Lunatic asylums Punjab 1881-1894 - 1881-1894
Year: 1881
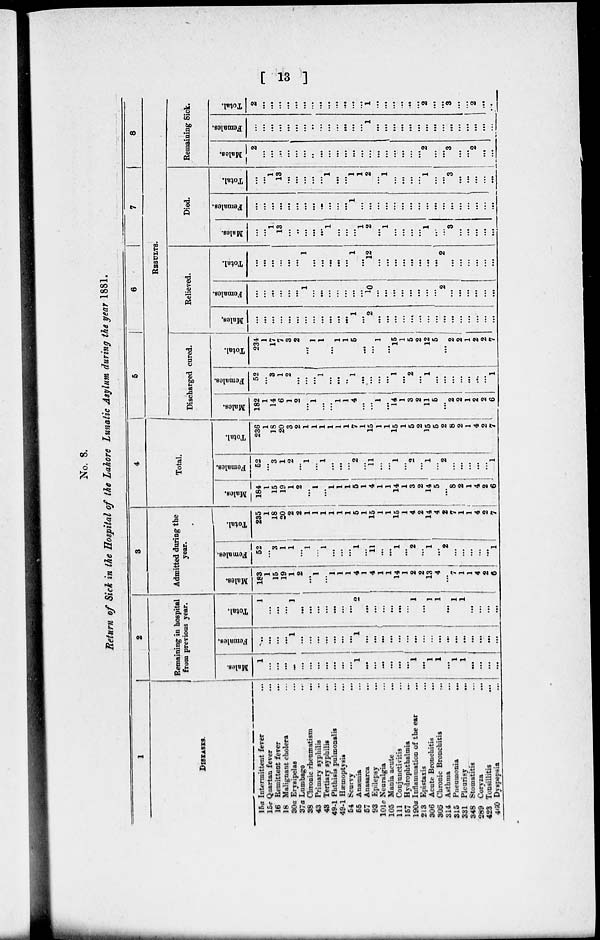
[ 13 ]
No. 8.
Return of Sick in the Hospital of the Lahore Lunatic Asylum during the year 1881.
1
DISEASES.
15a Intermittent fever ...
15c Quartan fever...
16 Remittent fever...
18 Malignant cholera...
30a Erysipelas...
37a Lumbago...
38 Chronic rheumatism...
43 Primary syphilis...
43 Tertiary syphilis ...
49-1 Phthisis pulmonalis ...
49-1 Haemoptysis...
54 Scurvy...
65 Anaemia...
57 Anasarca...
93 Epilepsy...
101c Neuralgia ...
105 Mania acute...
111 Conjunctivitis ...
157 Hydrophthalmia ...
190a Inflammation of the ear ...
213 Epistaxis ...
306 Acute Bronchitis...
306 Chronic Bronchitis...
314 Asthma...
315 Pneumonia...
331 Pleurisy...
348 Stomatitis...
289 Coryza ...
423 Tonsillitis...
460 Dyspepsia...
2
Remaining in hospital
from previous year.
Males.
1
...
...
...
...
...
...
...
...
...
...
...
1
...
...
...
...
...
...
1
...
1
1
...
1
1
...
...
...
...
Females,
..
...
...
...
1
...
...
...
...
...
...
...
1
...
1 ...
...
...
...
...
...
...
...
...
...
...
...
...
...
...
...
Total.
1
...
...
...
1
...
...
...
...
...
...
...
2
...
...
...
...
...
...
1
...
1
1
...
1
1
...
...
...
...
3
Admitted during the
year.
Males.
183
1
15
19
1
2
...
1
...
1
1
1
4
1
4
1
1
14
1
2
2
13
4
...
7
1
1
4
2
6
Females..
52
...
3
1
1
...
1
...
1
...
...
...
1
...
11
...
...
1
...
2
...
1
...
2
...
...
...
...
...
1
Total.
235
1
18
20
2
2
1
1
1
1
1
1
5
1
15
1
1
15
1
4
2
14
4
2
7
1
1
4
2
7
4
Total.
Males.
184
1
15
19
1
2
...
1
...
1
1
1
5
1
4
1
1
14
1
3
2
14
5
...
8
2
1
4
2
6
Females.
52
...
3
1
2
...
1
...
1
...
...
...
2
...
11
...
...
1
...
2
...
1
...
2
...
...
...
...
...
1
Total.
236
1
18
20
3
2
15
15
1
5
2
15
5
2
8
2
1
4
2
7
5
6
7
8
RESULTS.
Discharged cured.
Males.
182
1
14
6
1
2
...
1
...
...
1
1
4
...
...
1
...
14
1
3
2
11
5
...
2
2
1
2
2
6
Females.
52
...
3 1
2
...
...
...
1
...
...
...
1
...
...
...
...
1
...
2
...
1
...
...
...
...
...
...
...
1
Total.
234
1
17
7
3
2
...
1
1
...
1
1
5
...
...
1
...
15
1
5
2
12
5
...
2
2
1
2
2
7
Relieved.
Males.
...
...
...
...
...
...
...
...
...
...
...
...
1
...
2
...
...
...
...
...
...
...
...
...
...
...
...
...
...
...
Females.
...
...
...
...
...
...
1
...
...
...
...
...
...
...
10
...
...
...
...
...
...
...
...
2
...
...
...
...
...
...
Total.
...
...
...
...
...
...
1
...
...
...
...
...
1
...
12
...
...
...
...
...
...
...
...
2
...
...
...
...
...
...
Died.
Males.
...
...
1
13
...
..
...
...
...
1
...
...
...
1
2
...
1
...
...
...
1
...
...
3
...
...
...
...
...
Females.
...
...
...
...
...
...
...
...
...
...
...
...
1
...
...
...
...
...
...
...
...
...
...
...
...
...
...
...
...
...
Total.
...
...
1
13
...
...
...
...
...
1
...
...
1
1
2
...
1
...
...
...
...
1
...
...
3
...
...
...
...
...
Remaining Sick.
Males.
2
...
...
...
...
...
...
..
...
...
...
...
...
...
...
...
...
...
...
...
...
2
...
...
3
...
...
2
...
...
Females.
...
...
...
...
...
...
...
..
...
...
...
...
...
...
1
...
...
1
...
...
...
...
...
...
...
...
...
...
...
...
Total.
2
...
...
...
...
...
...
...
...
...
...
...
...
...
1
...
...
...
...
...
...
2
...
...
3
...
...
2
...
...